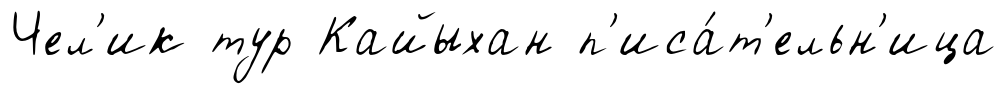
Чел'ик тур Кайыхан п'иса́т'ельн'ица